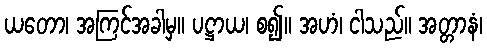
ယတော၊ အကြင်အခါမှ။ ပဋ္ဌာယ၊ စ၍။ အဟံ၊ ငါသည်။ အတ္တာနံ၊